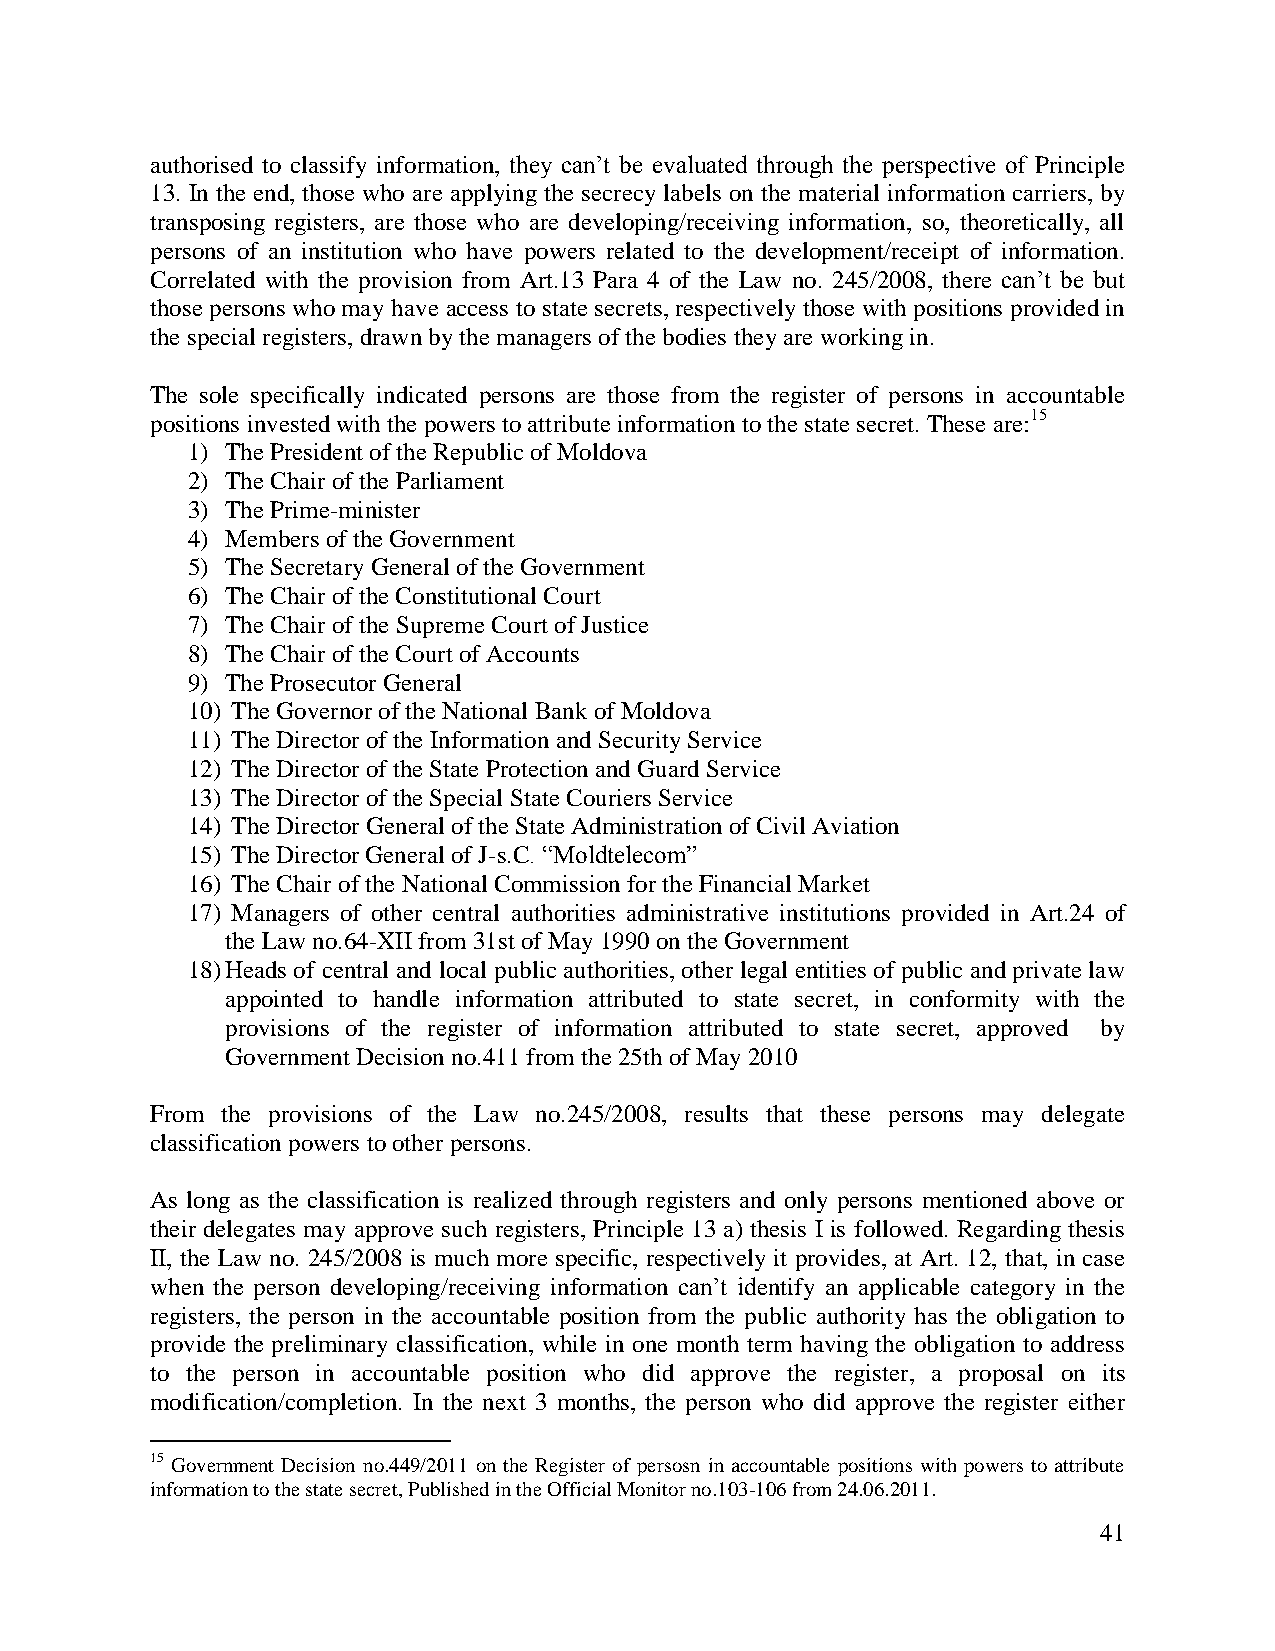
authorised to classify information, they can’t be evaluated through the perspective of Principle
 13. In the end, those who are applying the secrecy labels on the material information carriers, by
 transposing registers, are those who are developing/receiving information, so, theoretically, all
 persons of an institution who have powers related to the development/receipt of information.
 Correlated with the provision from Art.13 Para 4 of the Law no. 245/2008, there can’t be but
 those persons who may have access to state secrets, respectively those with positions provided in
 the special registers, drawn by the managers of the bodies they are working in.
 The sole specifically indicated persons are those from the register of persons in accountable
 positions invested with the powers to attribute information to the state secret. These are:15
 1) The President of the Republic of Moldova
 2) The Chair of the Parliament
 3) The Prime-minister
 4) Members of the Government
 5) The Secretary General of the Government
 6) The Chair of the Constitutional Court
 7) The Chair of the Supreme Court of Justice
 8) The Chair of the Court of Accounts
 9) The Prosecutor General
 10) The Governor of the National Bank of Moldova
 11) The Director of the Information and Security Service
 12) The Director of the State Protection and Guard Service
 13) The Director of the Special State Couriers Service
 14) The Director General of the State Administration of Civil Aviation
 15) The Director General of J-s.C. “Moldtelecom”
 16) The Chair of the National Commission for the Financial Market
 17) Managers of other central authorities administrative institutions provided in Art.24 of
 the Law no.64-XII from 31st of May 1990 on the Government
 18) Heads of central and local public authorities, other legal entities of public and private law
 appointed to handle information attributed to state secret, in conformity with the
 provisions of the register of information attributed to state secret, approved by
 Government Decision no.411 from the 25th of May 2010
 From the provisions of the Law no.245/2008, results that these persons may delegate
 classification powers to other persons.
 As long as the classification is realized through registers and only persons mentioned above or
 their delegates may approve such registers, Principle 13 a) thesis I is followed. Regarding thesis
 II, the Law no. 245/2008 is much more specific, respectively it provides, at Art. 12, that, in case
 when the person developing/receiving information can’t identify an applicable category in the
 registers, the person in the accountable position from the public authority has the obligation to
 provide the preliminary classification, while in one month term having the obligation to address
 to the person in accountable position who did approve the register, a proposal on its
 modification/completion. In the next 3 months, the person who did approve the register either
 15 Government Decision no.449/2011 on the Register of persosn in accountable positions with powers to attribute
 information to the state secret, Published in the Official Monitor no.103-106 from 24.06.2011.
 41